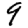
Digit: 9